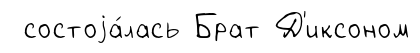
состоjа́лась Брат Д'иксоном